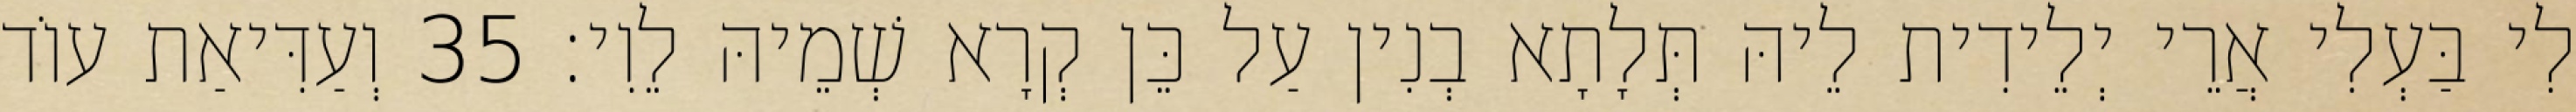
לִי בַּעְלִי אֲרֵי יְלֵידִית לֵיהּ תְּלָתָא בְנִין עַל כֵּן קְרָא שְׁמֵיהּ לֵוִי׃ 35 וְעַדִּיאַת עוֹד